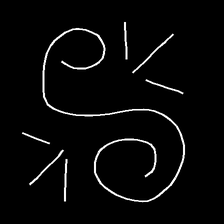
Glyph: wind-directs-air